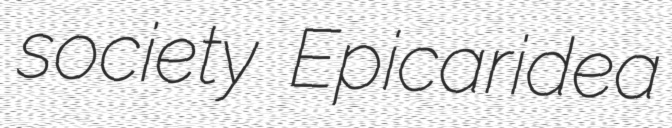
society Epicaridea